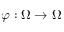
\varphi : \Omega \to \Omega